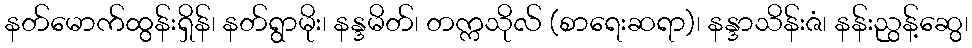
နတ်မောက်ထွန်းရှိန်၊ နတ်ရွာမိုး၊ နန္ဒမိတ်၊ တက္ကသိုလ် (စာရေးဆရာ)၊ နန္ဒာသိန်းဇံ၊ နန်းညွန့်ဆွေ၊